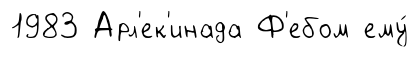
1983 Арл'ек'инада Ф'ебом ему́